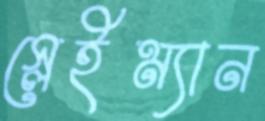
স্লেইম্যান